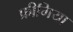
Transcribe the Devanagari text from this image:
फ्रीगिया